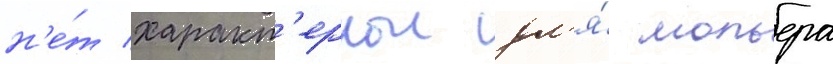
н'е́т характ'ернои дл'я́ мольера